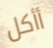
أأكل